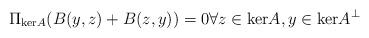
LaTeX: \begin{align*} \Pi_{\mathrm{ker}A} (B(y,z) + B(z,y)) = 0 \forall z \in \mathrm{ker}A, y \in \mathrm{ker}A^\perp\end{align*}